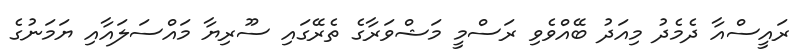
ރައީސްއާ ދެމެދު މިއަދު ބޭއްވެވި ރަސްމީ މަޝްވަރާގެ ތެރޭގައި ސޫރިޔާ މައްސަލައާއި ޔަމަނުގެ